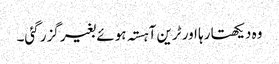
وہ دیکھتا رہا اور ٹرین آہستہ ہوئے بغیر گزر گئی۔